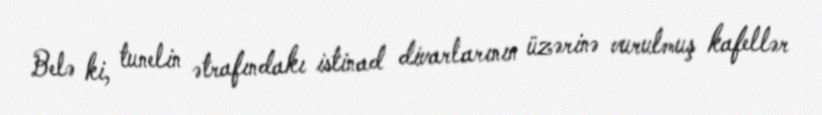
Belə ki, tunelin ətrafındakı istinad divarlarının üzərinə vurulmuş kafellər